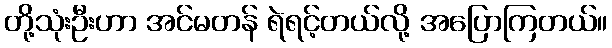
တို့သုံးဦးဟာ အင်မတန် ရဲရင့်တယ်လို့ အပြောကြတယ်။